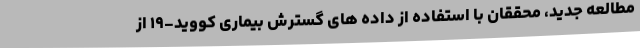
مطالعه جدید، محققان با استفاده از داده های گسترش بیماری کووید-۱۹ از